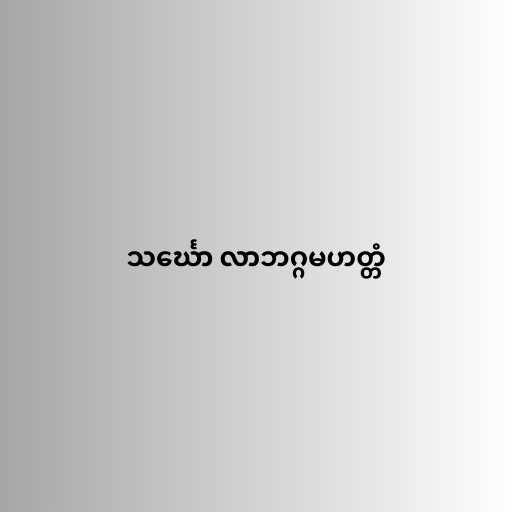
သင်္ဃော လာဘဂ္ဂမဟတ္တံ